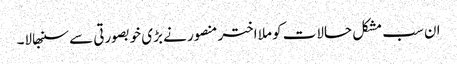
ان سب مشکل حالات کو ملا اختر منصور نے بڑی خوبصورتی سے سنبھالا۔